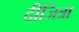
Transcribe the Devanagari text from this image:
दीजित्रा